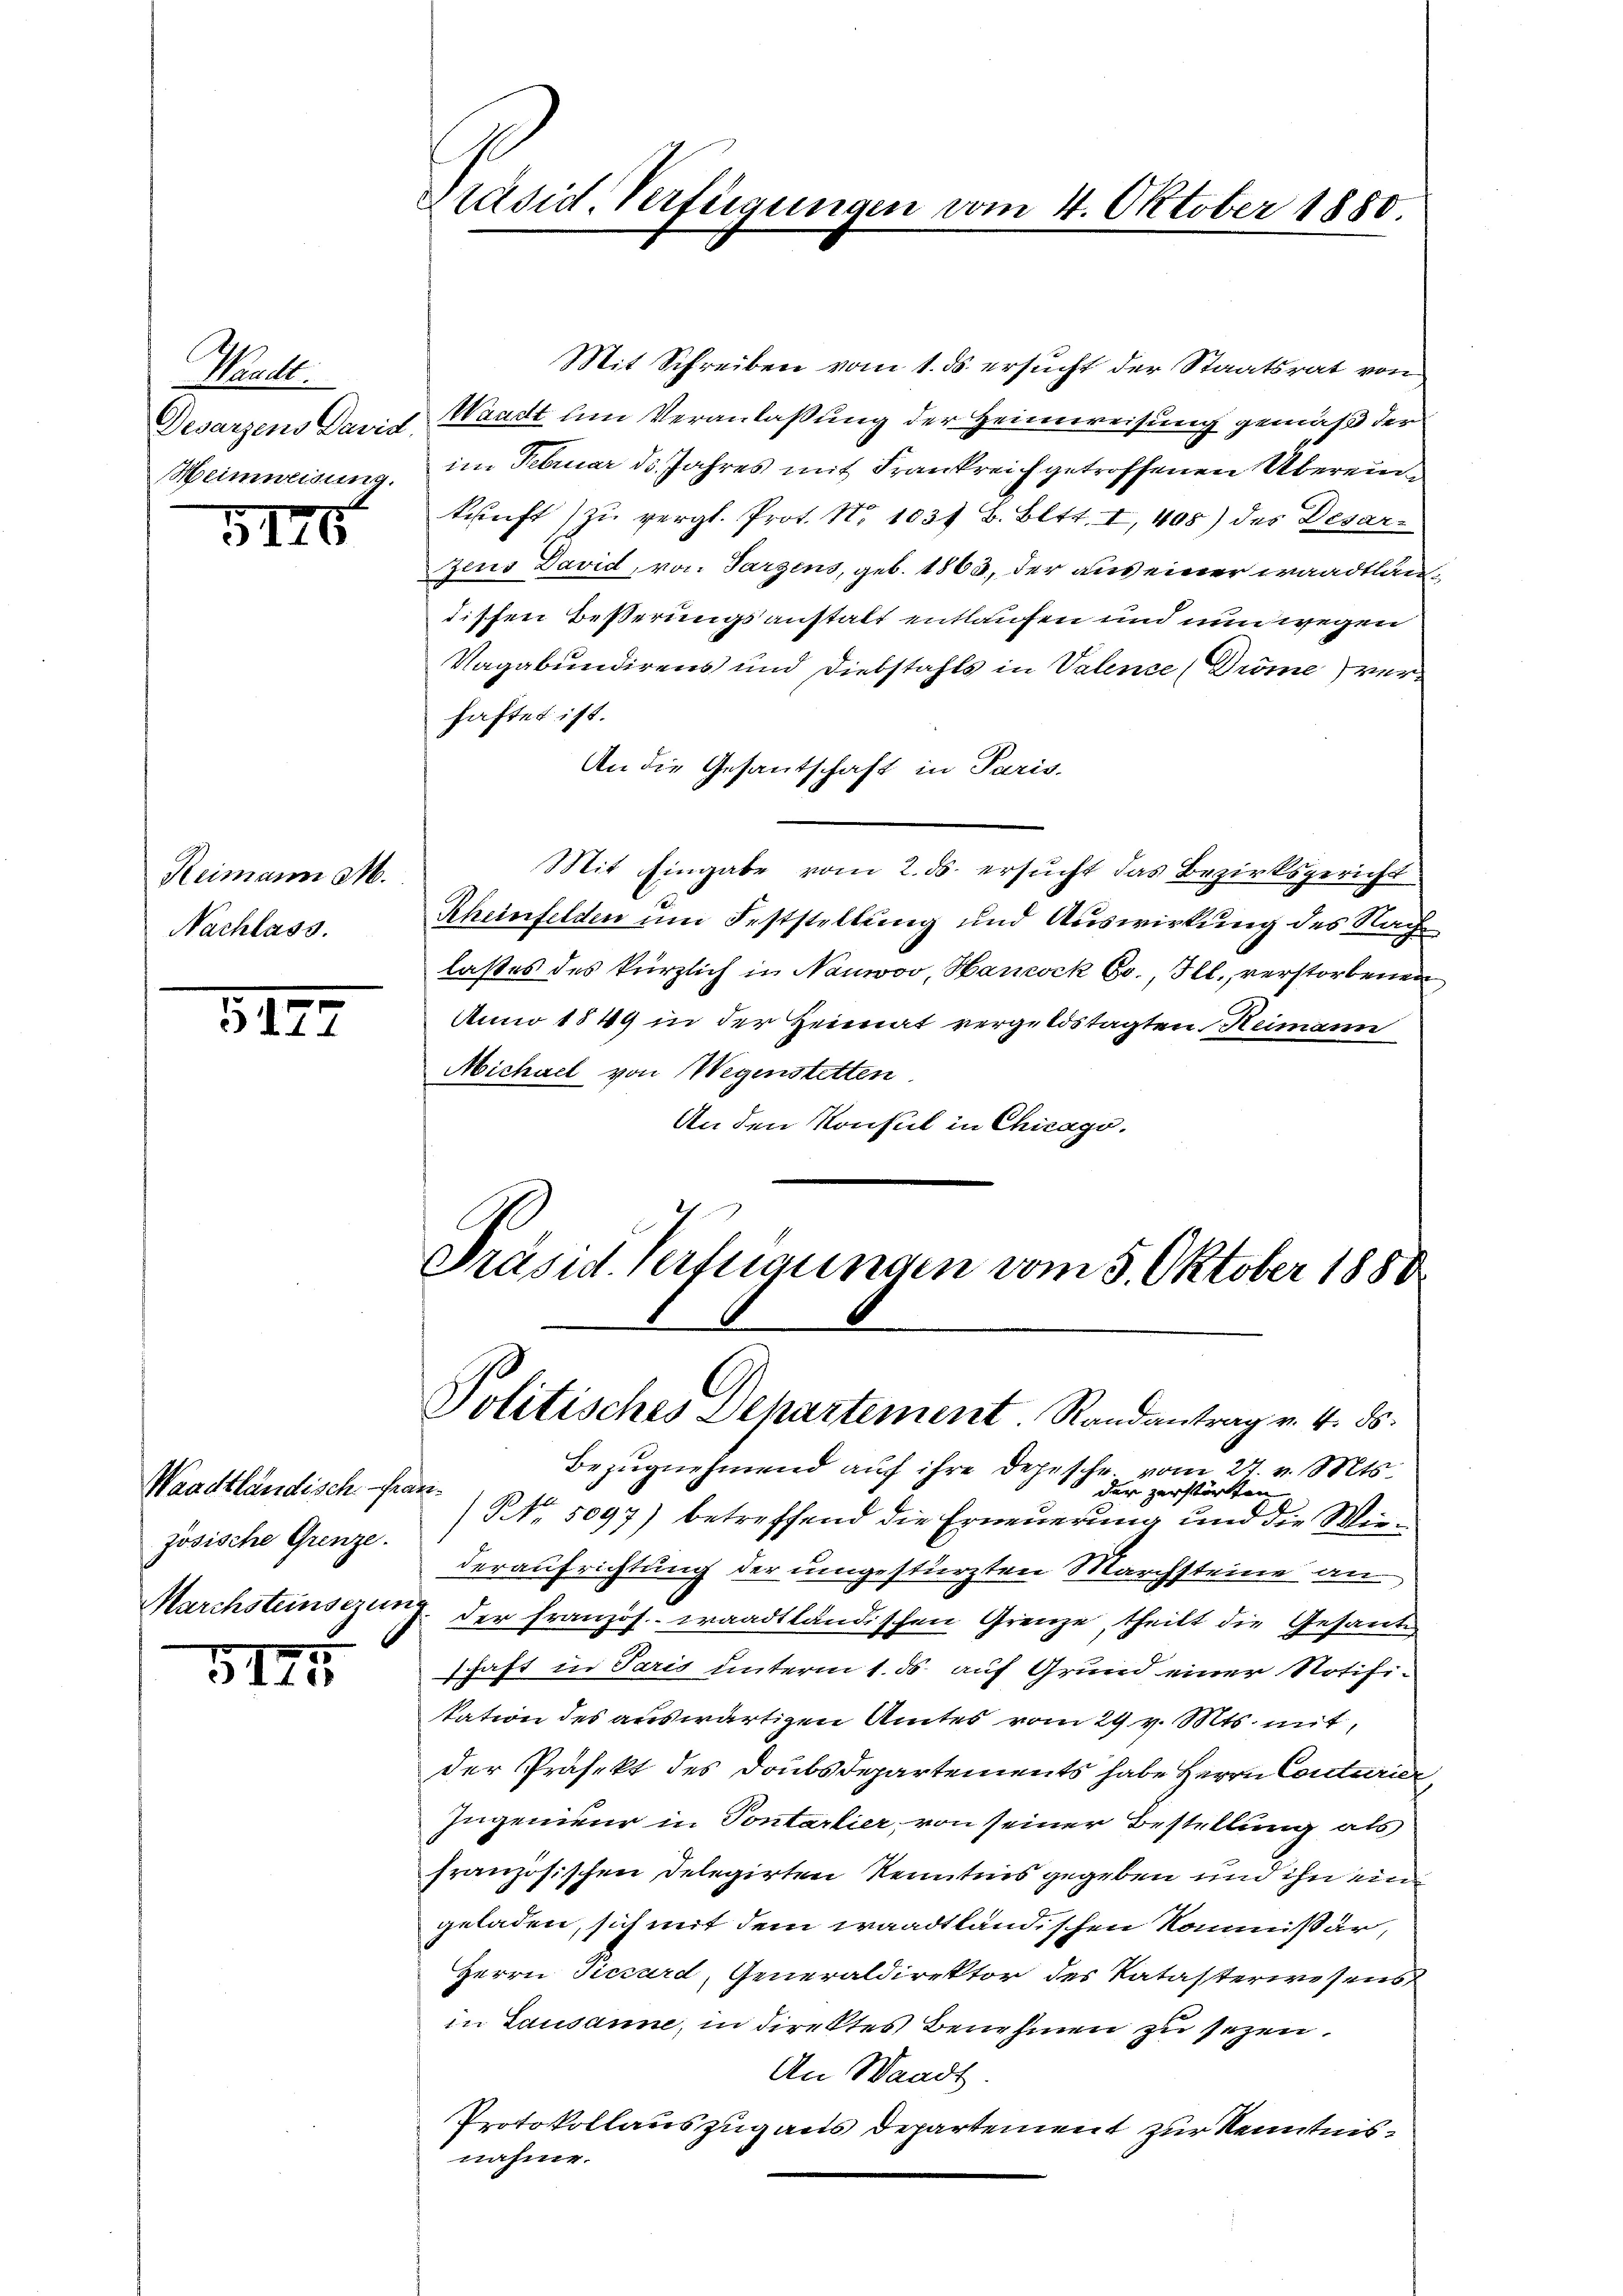
Murte
Desarzens David
Heimweisung.

5145

Reimann M.
Nachlass.

312

Waadtländisch-Französische Grenze.
Marchsteinsezung
5

5110

Präsid. Verfügungen vom 4. Oktober 1880.

Mit Schreiben vom 1. ds. ersucht der Staatsrat von
Waadt um Veranlassung der Heimweisung gemäß der
im Februar d. Jahres mit Frankreich getroffenen Übereinkunft zu vergl. Prot. Nr. 1031 B. Bett. I, 408) des Desarzens David, von Parzens, geb. 1863, der aus einer waadtländissen Beßerungsanstalt entlaufen und nun wegen
Vagabundirens und Diebstahls in Valence (Dröme) verhaftet ist.
An die Gesantschaft in Paris-
Mit Eingabe vom 2. ds. ersucht das Bezirksgericht
Rheinfelden um Feststellung und Auswirkung des Nachlastes des kürzlich in Nauwov, Hancock Co., Ill. verstorbenen
Anno 1849 in der Heimat vergeldstagten Reimann
Michael von Wegenstetten
An den Konsul in Chicago.

Präsid. Verfügungen vom 5. Oktober 1880
Politisches Departement. Randantrag v. 4. ds.

Bezugnehmend auf ihre Depesche vom 27. v. Mts.
der zerstörten
(§ 5097) betreffend die Erneuerung und die Wiederaufrichtung der umgestürzten Marchsteine an
der Französ. waadtländischen Grenze, theilt die Gesante
schaft in Paris unterm 1. ds. auf Grund einer Notifitation des auswärtigen Amtes vom 29 v. Mts. mit
der Präfekt des Doubsdepartements habe Herrn Conturier
Ingenieur in Sontarlier von seiner Bestellung als
französischen Delegirten Kenntnis gegeben und ihn ein
geladen, sich mit dem waadtländischen Kommissär,
Herrn Picsard, Generaldirektor des Katasterwesens
in Lausanne, in direktes Benehmen zu sezen.
An Waadt
Protokollauszug aus Departement zur Kenntnisnahme.